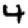
Digit: 4